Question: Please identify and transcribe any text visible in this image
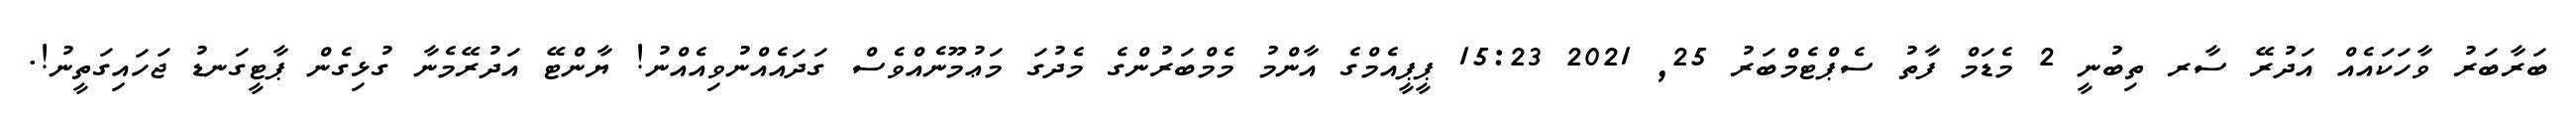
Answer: ބަރާބަރު ވާހަކައެއް އަދުރޭ ސާރ ތިބުނީ 2 މެޑަމް ފާތު ސެޕްޓެމްބަރު 25, 2021 15:23 ޕީޕީއެމްގެ އާންމު މެމްބަރުންގެ މެދުގަ މަޢުމޫނެއްވެސް ގަދައެއްނުވިއެއްނު! ޔާންޓޭ އަދުރޭމެނާ ގުޅިގެން ޕާޓީގަނޑު ޖަހައިގަތީނު!.